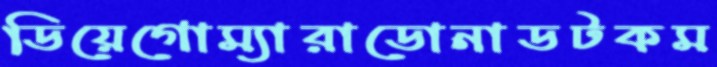
ডিয়েগোম্যারাডোনাডটকম